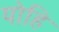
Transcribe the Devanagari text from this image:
योहि